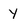
Character: Y